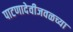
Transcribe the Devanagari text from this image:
पाटणादेवीजवळच्या